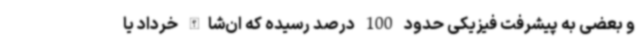
و بعضی به پیشرفت فیزیکی حدود 100 درصد رسیده که ان‌شاالله خرداد یا